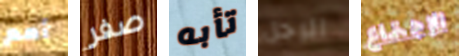
أمم صفر تأبه الرجل الإجتماع